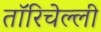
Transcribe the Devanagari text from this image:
तॉरिचेल्ली